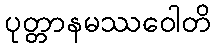
ပုတ္တာနမဿဝေါတိ